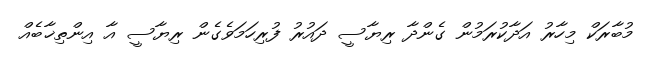
މުބާރަކް މިހާރު އަދާކުރަމުން ގެންދާ ރިޔާސީ ދައުރު ފުރިހަމަވެގެން ރިޔާސީ އާ އިންތިޚާބެއް